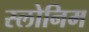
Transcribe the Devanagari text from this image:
स्लोनिम